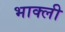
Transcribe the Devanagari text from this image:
भाक्ली